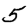
Digit: 5